Annual report of lunatic asylums [Bombay] - 1912-1922
Year: 1912
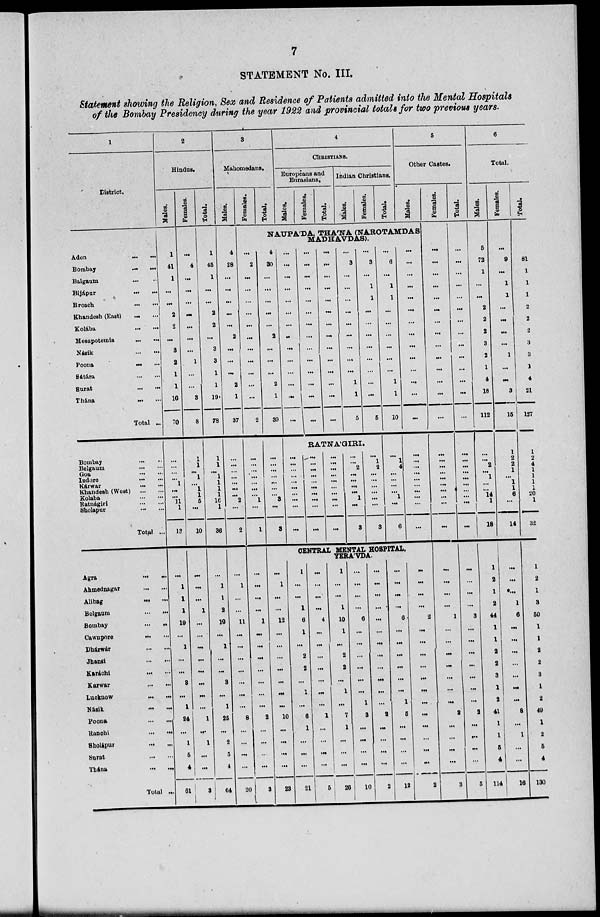
7
STATEMENT No. III.
Statement showing the Religion, Sex and Residence of Patients admitted into the Mental Hospitals
of the Bombay Presidency during the year 1922 and provincial totals for two previous years.
1
District.
Aden ... ...
Bombay ... ...
Balgaum ... ...
Bijápur ... ...
Broach ... ...
Khandesh (East)
...
...
Kolába ... ...
Mesapotemia ... ...
Násik ... ...
Poona ... ...
Sátára ... ...
Surat ... ...
Thána ... ...
Total ...
Bombay ... ...
Belgaum ... ...
Goa ... ...
Indore ... ...
Kárwar ... ...
Khandeah (West) ... ...
Kolaba ... ...
Ratnágiri ... ...
Sholapur ... ...
Total ...
Agra ... ...
Ahmednagar ... ...
Alibag ... ...
Belgaum ... ...
Bombay ... ...
Cawnpore ... ...
Dhárwár ... ...
Jhansi ... ...
Karáchi ... ...
Karwar ... ...
Lucknow ... ...
Násik ... ...
Poona ... ...
Ranchi ... ...
Sholápur ... ...
Surat ... ...
Thána ... ...
Total ...
2
Hindus.
Males.
1
41
1
...
...
2
2
...
3
2
1
1
16
70
...
...
...
...
1
...
...
11
1
18
...
1
1
1
19
...
1
...
...
3
...
1
24
...
1
5
4
61
Females.
...
4
...
...
...
...
...
...
...
1
...
...
3
8
1
1
...
1
...
1
1
6
...
10
...
...
...
1
...
...
...
...
...
...
...
...
1
...
1
...
...
3
Total.
1
45
1
...
...
2
2
...
3
3
1
1
19
78
1
1
... 1
1
1
1
16
1
36
...
1
1
2
19
...
1
...
...
3
...
1
25
...
2
5
4
64
3
Mahomedans.
Males.
4
28
...
...
...
...
...
2
...
...
...
2
1
37
...
...
...
...
...
...
...
2
...
2
...
1
...
...
11
...
...
...
...
...
...
...
8
...
...
...
...
20
Females.
Total.
4
CHRISTIANS.
Europeans and
Eurasians.
Males.
Femal es .
Total.
Indian Christians.
Mal es .
Females.
Total.
5
Other Castes.
Males.
NAUPA'DA, THA'NA (NAROTAMDAS
MADHAVDAS).
...
2
...
...
...
...
...
...
...
...
...
...
...
2
...
...
...
...
...
...
...
1
...
1
...
...
...
...
1
...
...
...
...
...
...
...
2
...
...
...
...
3
4
30
...
...
...
...
...
2
...
...
...
2
1
39
...
...
...
...
...
...
...
3
...
3
...
1
...
...
12
...
...
...
...
...
...
...
10
...
...
...
...
23
...
...
...
...
...
...
...
..
...
...
...
...
...
...
...
...
...
...
...
...
...
...
...
...
...
...
...
...
...
...
...
...
...
...
...
...
...
...
...
...
...
...
...
3
...
...
...
...
...
...
...
...
...
1
1
5
...
3
...
1
1
...
...
...
...
...
...
...
...
5
RATNA'GIRI.
...
...
...
...
...
...
...
...
...
...
...
...
... ...
...
...
...
...
...
...
...
...
... ...
...
...
...
...
...
...
...
...
2
...
...
...
...
1
...
3
...
1
2
...
...
...
...
...
...
3
...
6
...
1
1
...
...
...
...
...
...
1
1
10
...
1
4
...
...
...
...
1
...
6
CENTRAL MENTAL HOSPITAL,
YERA'VDA.
1
...
...
1
6
1
...
2
2
...
1
...
6
1
...
...
...
21
...
...
...
...
4
...
...
...
...
...
...
...
1
...
...
...
...
5
1
...
...
1
10
1
...
2
2
...
1
...
7
1
...
...
...
26
...
...
...
...
6
...
...
...
...
...
...
1
3
...
...
...
...
10
...
...
...
...
...
...
...
...
...
...
...
...
2
...
...
...
...
2
...
...
...
...
6
...
...
...
...
...
...
1
5
...
...
...
...
12
...
...
...
...
...
...
...
...
...
...
...
...
...
...
...
...
...
...
...
...
...
... ...
...
...
...
...
...
2
...
...
...
...
...
...
...
...
...
...
...
...
2
Females.
...
...
...
...
...
...
...
...
...
...
...
...
...
...
...
...
...
...
...
...
...
...
...
...
...
...
...
...
1
...
...
...
...
...
...
...
2
...
...
...
...
3
Total.
...
...
...
...
...
...
...
...
...
...
...
...
...
...
...
...
...
...
...
...
...
...
...
...
...
...
...
...
3
...
...
...
...
...
...
...
2
...
...
...
...
5
6
Total.
Males.
5
72
1
...
...
2
2
2
3
2
1
4
18
112
...
...
2
...
1
...
...
14
1
18
1
2
1
2
44
1
1
2
2
3
1
2
41
1
1
5
4
114
Females.
...
9
...
1
1
...
...
...
...
1
...
...
3
15
1
2
2
1
...
1
1
6
...
14
...
...
...
1
6
...
...
...
...
...
...
...
8
...
1
...
...
16
Total.
5
81
1
1
1
2
2
2
3
3
1
4
21
127
1
2
4
1
1
1
1
20
1
32
1
2
1
3
50
1
1
2
2
3
1
2
49
1
2
5
4
130